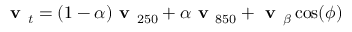
\textbf { v } _ { t } = ( 1 - \alpha ) \textbf { v } _ { 2 5 0 } + \alpha \textbf { v } _ { 8 5 0 } + \textbf { v } _ { \beta } \cos ( \phi )